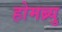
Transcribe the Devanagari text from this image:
होमब्र्यु